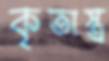
কৃতাস্ত্র